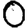
Digit: 0